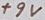
Text: +9V